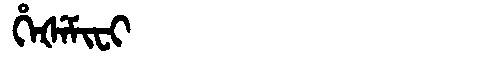
Manchu: ᡥᡝᡧᡝᠮᡳᠸᡳ
Romanization: HEŠEMIFI